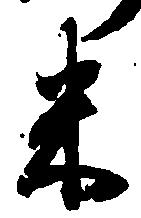
米